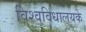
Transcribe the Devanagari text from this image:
विश्वविधालयके